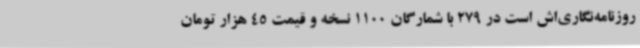
روزنامه‌نگاری‌اش است در 279 با شمارگان 1100 نسخه و قیمت 45 هزار تومان